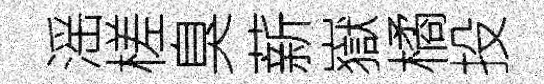
滛槎臭薪嶽橘投